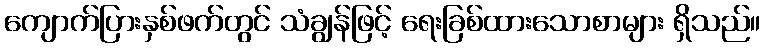
ကျောက်ပြားနှစ်ဖက်တွင် သံချွန်ဖြင့် ရေးခြစ်ထားသောစာများ ရှိသည်။